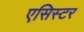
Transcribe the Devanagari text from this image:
एसिस्टर